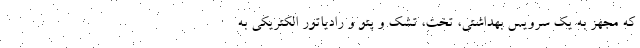
که مجهز به یک سرویس بهداشتی، تخت، تشک و پتو و رادیاتور الکتریکی به